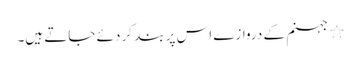
٭ جہنم کے دروازے اس پر بند کر دئے جاتے ہیں۔